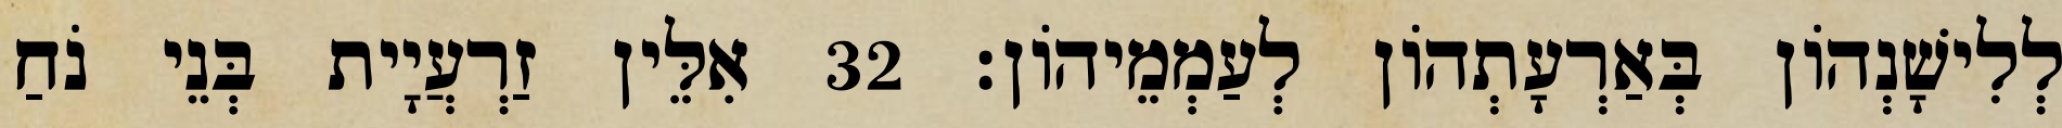
לְלִישָׁנְהוֹן בְּאַרְעָתְהוֹן לְעַמְמֵיהוֹן׃ 32 אִלֵּין זַרְעֲיָית בְּנֵי נֹחַ